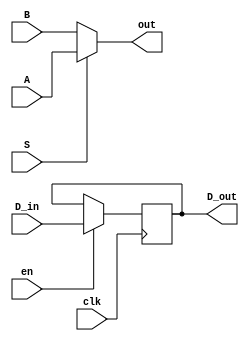
`timescale 1ns / 1ps
module patterntest_1bit
(
input  D_in, // Data input
input clk, // clock input
input en,
input A,
input B,
input S,
output out,
output reg D_out // output Q
); 

integer i;

assign out = S ? A : B ;
always @(posedge clk)
begin
if(en) begin
	D_out<= D_in;

end
end
endmodule